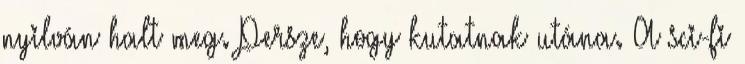
nyilván halt meg. Persze, hogy kutatnak utána. A sci-fi